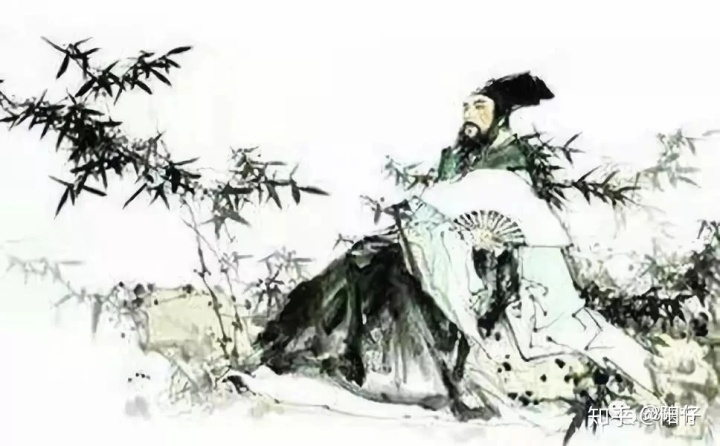
忧劳可以兴国，逸豫可以亡身